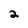
Character: 2